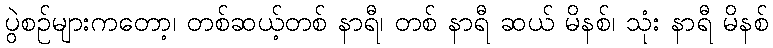
ပွဲစဉ်များကတော့၊ တစ်ဆယ့်တစ် နာရီ၊ တစ် နာရီ ဆယ် မိနစ်၊ သုံး နာရီ မိနစ်